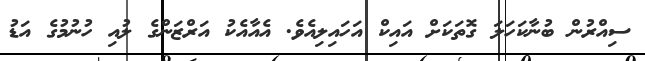
ސިއްރުން ބުނާކަހަލަ ގޮތަކަށް އައިކް އަހައިލިއެވެ. އެއާއެކު އަރްޒަންގެ ލުއި ހުނުމުގެ އަޑު